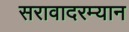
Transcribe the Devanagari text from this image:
सरावादरम्यान